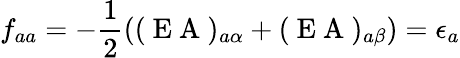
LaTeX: f_{aa}=-\frac{1}{2}((\mathrm{~E~A~})_{a\alpha}+(\mathrm{~E~A~})_{a\beta})=\epsilon_{a}